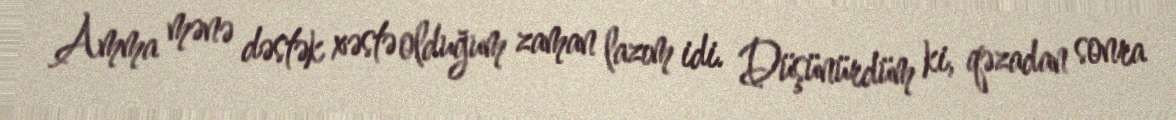
Amma mənə dəstək xəstə olduğum zaman lazım idi. Düşünürdüm ki, qəzadan sonra